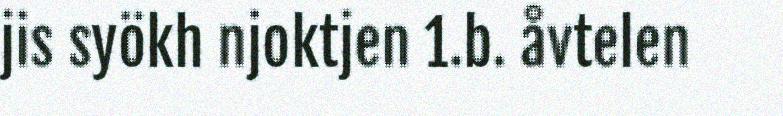
jis syökh njoktjen 1.b. åvtelen